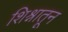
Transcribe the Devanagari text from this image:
शिश्नातून